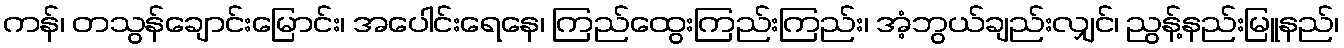
ကန်၊ တသွန်ချောင်းမြောင်း၊ အပေါင်းရေနေ၊ ကြည်ထွေးကြည်းကြည်း၊ အံ့ဘွယ်ချည်းလျှင်၊ ညွန့်နည်းမြူနည်၊